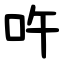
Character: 吘